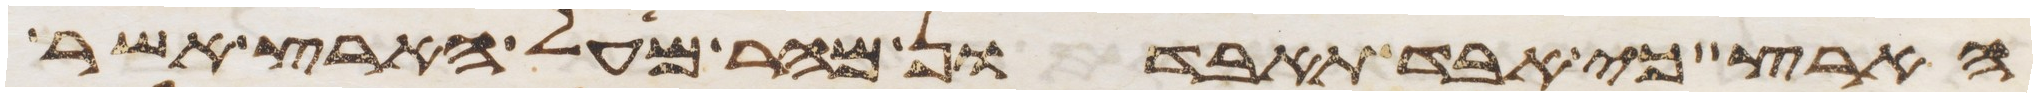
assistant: הארץ כי אבד תאבדון מהר מעל הארץ אשר